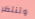
وتنتظر